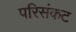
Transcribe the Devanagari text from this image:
परिसंकट